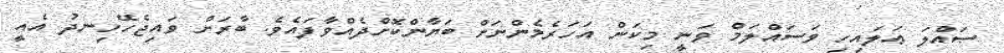
ޞައްލަ ޢަލައިހި ވަސައްލަމް ވަނީ މިކަން އަހަރެމެންނަށް ބަޔާންކޮށްދެއްވާފައެވެ. ބާރަށް ވައިޖެހޭހިނދު އެއީ